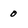
Character: 0